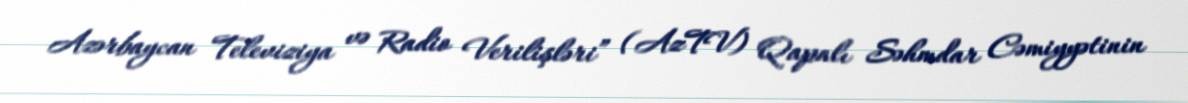
Azərbaycan Televiziya və Radio Verilişləri” (AzTV) Qapalı Səhmdar Cəmiyyətinin